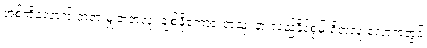
အစ်ကို့လောက် တရားမျှတတဲ့လူ၊ ချစ်ဖို့ကောင်းတဲ့သူ၊ နားလည်နိုင်စွမ်းရှိတဲ့လူ လောကတွင်